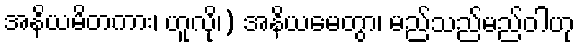
အနိယမိတကား၊ ဟူလို၊) အနိယမေတွာ၊ မည်သည်မည်ဝါဟု